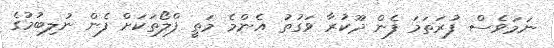
ނަމަވެސް ފުރަތަމަ ފެން ދޫކުރާ ވަގުތު އެންމެ މަތީ ފްލޯތަކަށް ފެން ނުލިބުމުގެ